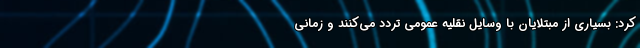
کرد: بسیاری از مبتلایان با وسایل نقلیه عمومی تردد می‌کنند و زمانی